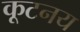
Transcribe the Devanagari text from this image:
कूटनय